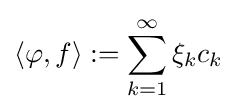
\langle \varphi ,f\rangle :=\sum _{k=1}^{\infty }\xi _{k}c_{k}